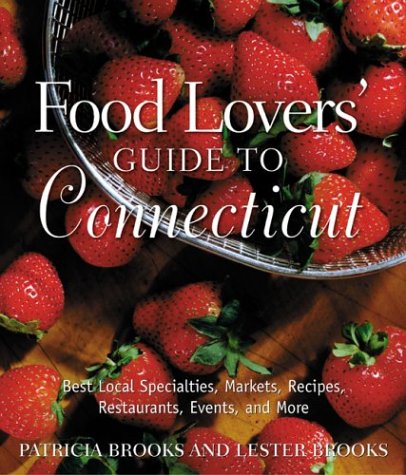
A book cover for Food Lovers' Guide to Connecticut: Best Local Specialties, Markets, Recipes, Restaurants, Events, and More (Food Lovers' Series); Patricia Brooks; Travel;